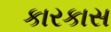
કારકાસ